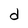
Character: d